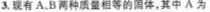
3.现有A.B两种质量相等的固体，其中A为